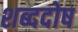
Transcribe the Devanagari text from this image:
शब्ददोष